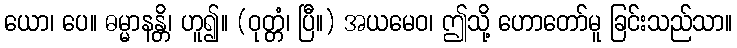
ယော၊ ပေ။ ဓမ္မာနန္တိ၊ ဟူ၍။ (ဝုတ္တံ၊ ပြီ။) အယမေဝ၊ ဤသို့ ဟောတော်မူ ခြင်းသည်သာ။